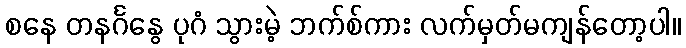
စနေ တနင်္ဂနွေ ပုဂံ သွားမဲ့ ဘက်စ်ကား လက်မှတ်မကျန်တော့ပါ။